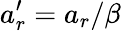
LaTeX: a_{r}^{\prime}=a_{r}/\beta